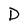
Character: D